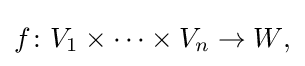
f\colon V_{1}\times \cdots \times V_{n}\to W{\text{,}}